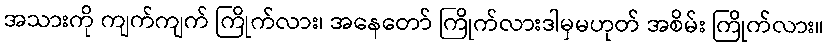
အသားကို ကျက်ကျက် ကြိုက်လား၊ အနေတော် ကြိုက်လားဒါမှမဟုတ် အစိမ်း ကြိုက်လား။